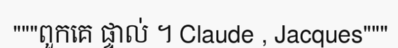
"""ពួកគេ ផ្ទាល់ ។ Claude , Jacques"""